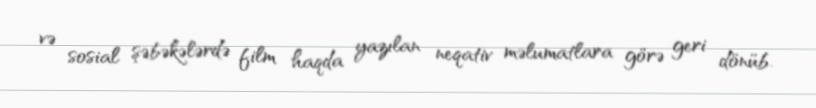
və sosial şəbəkələrdə film haqda yazılan neqativ məlumatlara görə geri dönüb.